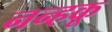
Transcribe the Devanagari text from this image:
नन्हकू